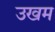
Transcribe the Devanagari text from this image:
उखम